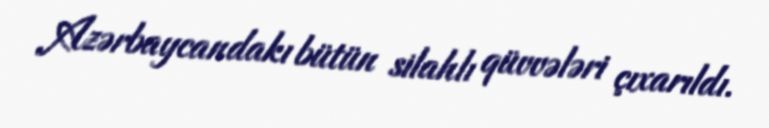
Azərbaycandakı bütün silahlı qüvvələri çıxarıldı.